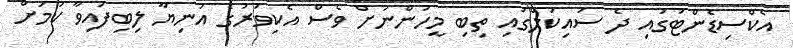
އެކްސިޑެންޓުގައި ދެ ސައިކަލްގައި ތިބި މީހުންނަށް ވެސް އެކިވަރުގެ އަނިޔާ ލިބިފައިވާ ކަމަށް